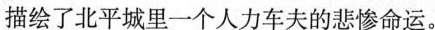
描绘了北平城里一个人力车夫的悲惨命运。